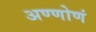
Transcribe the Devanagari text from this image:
अण्णोणं